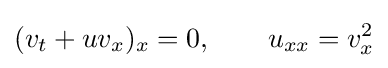
(v_{t}+uv_{x})_{x}=0,\qquad u_{xx}=v_{x}^{2}